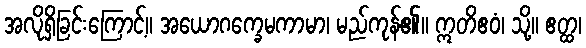
အလိုရှိခြင်းကြောင့်။ အယောဂက္ခေမကာမာ၊ မည်ကုန်၏။ ဣတိဧဝံ၊ သို့။ ဧတ္ထ၊